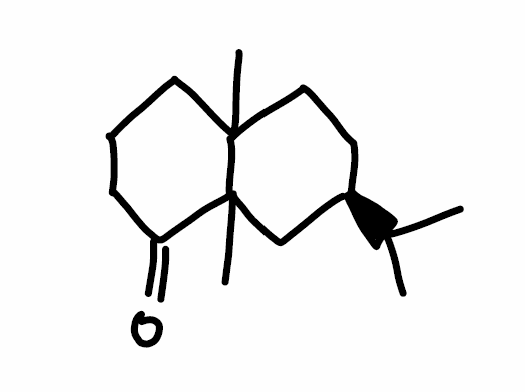
Simplified molecular-input line-entry system (SMILES) notation of the given molecule:
CC(C)[C@@H]1CCC2(CCCC(=O)C2(C1)C)C